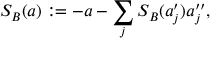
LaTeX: S _ { B } ( a ) : = - a - \sum _ { j } S _ { B } ( a _ { j } ^ { \prime } ) a _ { j } ^ { \prime \prime } ,